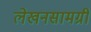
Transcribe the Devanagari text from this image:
लेखनसामग्री